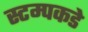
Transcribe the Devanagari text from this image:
स्टम्पकडे